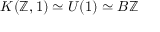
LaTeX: K ( \mathbb { Z } , 1 ) \simeq U ( 1 ) \simeq B \mathbb { Z }